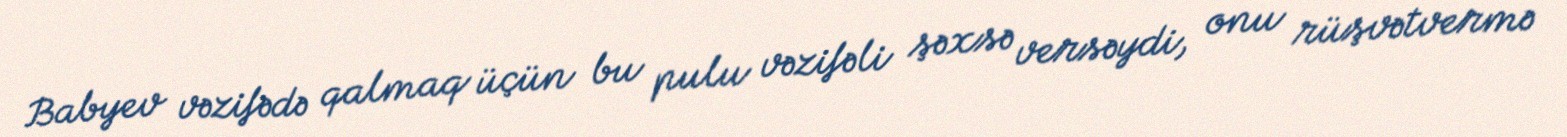
Babyev vəzifədə qalmaq üçün bu pulu vəzifəli şəxsə versəydi, onu rüşvətvermə